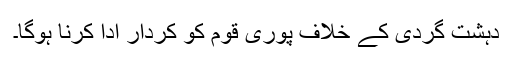
دہشت گردی کے خلاف پوری قوم کو کردار ادا کرنا ہوگا۔